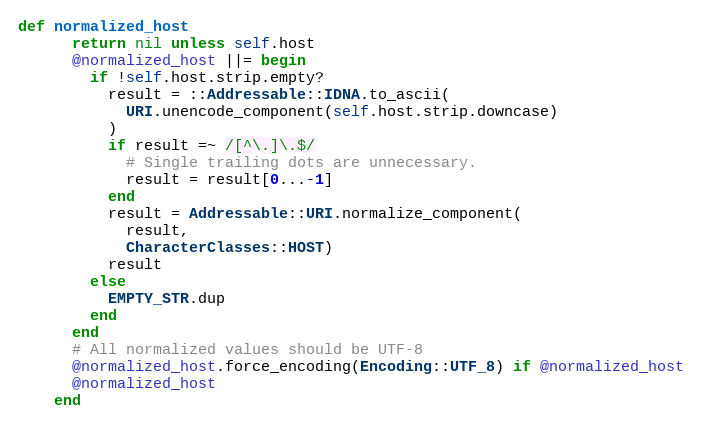
Language: Ruby
def normalized_host
      return nil unless self.host
      @normalized_host ||= begin
        if !self.host.strip.empty?
          result = ::Addressable::IDNA.to_ascii(
            URI.unencode_component(self.host.strip.downcase)
          )
          if result =~ /[^\.]\.$/
            # Single trailing dots are unnecessary.
            result = result[0...-1]
          end
          result = Addressable::URI.normalize_component(
            result,
            CharacterClasses::HOST)
          result
        else
          EMPTY_STR.dup
        end
      end
      # All normalized values should be UTF-8
      @normalized_host.force_encoding(Encoding::UTF_8) if @normalized_host
      @normalized_host
    end